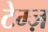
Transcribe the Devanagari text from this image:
टेम्ज़